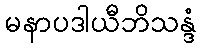
မနာပဒါယီဘိသန္ဒံ